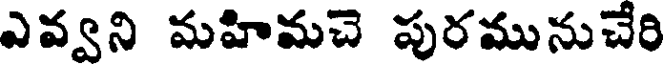
ఎవ్వని మహిమచె పురమునుచేరి